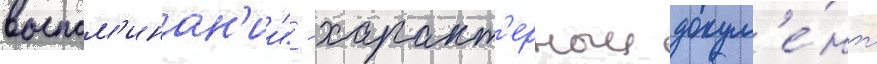
воспом'инан'ии" - характ'ерныи докум'е́нт